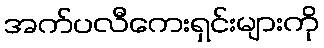
အက်ပလီကေးရှင်းများကို